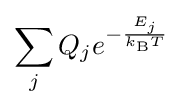
\sum _{j}Q_{j}e^{-{\frac {E_{j}}{k_{\text{B}}T}}}